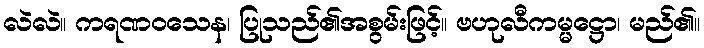
လဲလဲ။ ကရဏဝသေန၊ ပြုသည်၏အစွမ်းဖြင့်။ ဗဟုလီကမ္မဋ္ဌော၊ မည်၏။